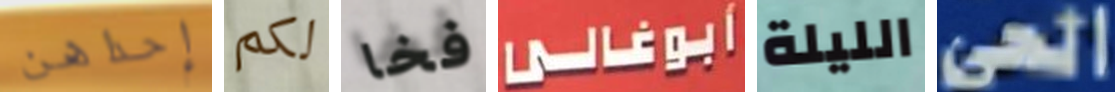
إحداهن لكم فخا أبوغالى الليلة الحى